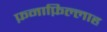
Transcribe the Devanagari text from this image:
फ़नाफ़िल्लाह